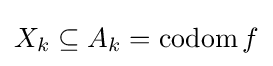
X_{k}\subseteq A_{k}=\operatorname {codom} f